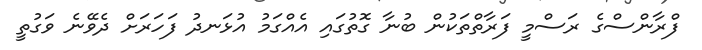
ފްރާންސްގެ ރަސްމީ ފަރާތްތަކުން ބުނާ ގޮތުގައި އެއްގަމު އުޅަނދު ފަހަރަށް ދެވޭނެ ވަގުތީ